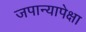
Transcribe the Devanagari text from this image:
जपान्यापेक्षा